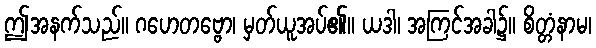
ဤအနက်သည်။ ဂဟေတဗ္ဗော၊ မှတ်ယူအပ်၏။ ယဒါ၊ အကြင်အခါ၌။ စိတ္တံနာမ၊